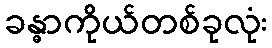
ခန္ဓာကိုယ်တစ်ခုလုံး